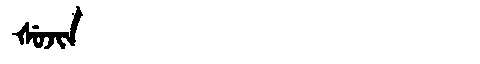
Manchu: ᡧᡠᠵᡳᠨ
Romanization: ŠUJIN